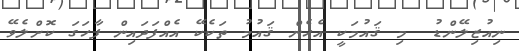
ނިއުޒިލޭންޑު  މި ޤައުމަކީ އެހެން ޤައުމު ތަކެކޭ އެއްފަދައިން ފާހަގަ ކޮށްލެވޭ